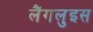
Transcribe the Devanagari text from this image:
लैंगलुइस